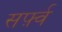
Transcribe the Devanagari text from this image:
सर्फ़्व